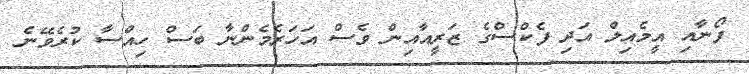
ފޯނާއި އީމެއިލް އަދި ފެކްސްގެ ޒަރީއާއިން ވެސް އަހަރެމެންނާ ބަސް ހިއްސާ ކުރެވޭނެ